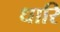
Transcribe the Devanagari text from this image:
धारि